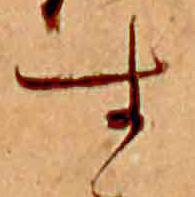
す